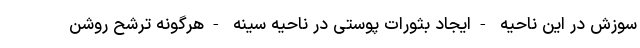
سوزش در این ناحیه -ایجاد بثورات پوستی در ناحیه سینه -هرگونه ترشح روشن